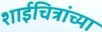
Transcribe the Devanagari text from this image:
शाईचित्रांच्या